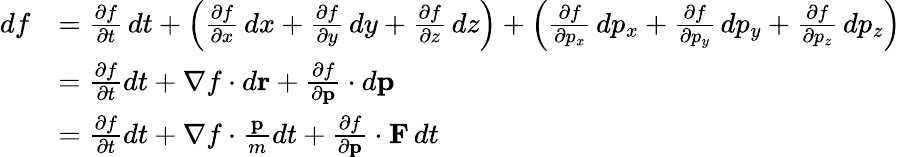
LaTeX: {\begin{array}{rl}{df}&{={\frac{\partial f}{\partial t}}\, dt+\left({\frac{\partial f}{\partial x}}\, dx+{\frac{\partial f}{\partial y}}\, dy+{\frac{\partial f}{\partial z}}\, dz\right)+\left({\frac{\partial f}{\partial p_{x}}}\, dp_{x}+{\frac{\partial f}{\partial p_{y}}}\, dp_{y}+{\frac{\partial f}{\partial p_{z}}}\, dp_{z}\right)}\\ &{={\frac{\partial f}{\partial t}}dt+\nabla f\cdot d\mathbf{r}+{\frac{\partial f}{\partial\mathbf{p}}}\cdot d\mathbf{p}}\\ &{={\frac{\partial f}{\partial t}}dt+\nabla f\cdot{\frac{\mathbf{p}}{m}}dt+{\frac{\partial f}{\partial\mathbf{p}}}\cdot\mathbf{F}\, dt}\end{array}}